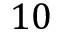
1 0